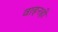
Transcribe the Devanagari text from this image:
वाहनही